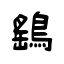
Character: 鷂